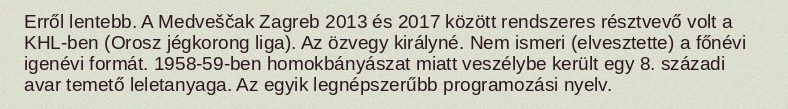
Erről lentebb. A Medveščak Zagreb 2013 és 2017 között rendszeres résztvevő volt a KHL-ben (Orosz jégkorong liga). Az özvegy királyné. Nem ismeri (elvesztette) a főnévi igenévi formát. 1958-59-ben homokbányászat miatt veszélybe került egy 8. századi avar temető leletanyaga. Az egyik legnépszerűbb programozási nyelv.